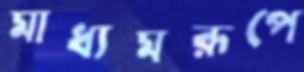
মাধ্যমরূপে